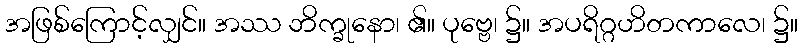
အဖြစ်ကြောင့်လျှင်။ အဿ ဘိက္ခုနော၊ ၏။ ပုဗ္ဗေ၊ ၌။ အပရိဂ္ဂဟိတကာလေ၊ ၌။